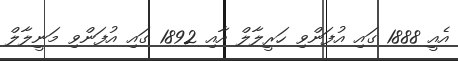
އެއީ 1888 ގައި އުފަންވި ހަރީލާލް އާއި 1892 ގައި އުފަންވި މަނީލާލް